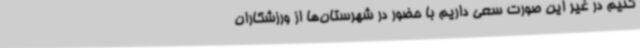
کنیم در غیر این صورت سعی داریم با حضور در شهرستان‌ها از ورزشکاران